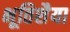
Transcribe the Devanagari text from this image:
भूतिशैया